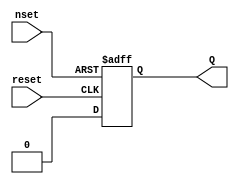
module ndFF ( nset, reset, Q );

   input  nset;            // clk   negedge set Q=1
   input  reset;           // reset posedge set Q=0
   output Q ;              // Q output
   reg    Q ;

   always @(negedge nset or posedge reset)
     begin
	if (nset ==1'b0)  Q  = 1'b1;
	else if (reset==1'b1) Q  = 1'b0;
     end

endmodule